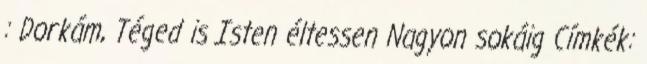
: Dorkám, Téged is Isten éltessen Nagyon sokáig Címkék: